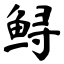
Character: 鲟